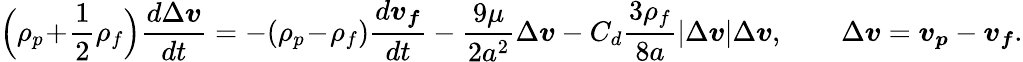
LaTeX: \Bigl(\rho_{p}\! +\! \frac{1}{2}\rho_{f}\Bigr)\frac{d\Delta\boldsymbol{v}}{dt}=-(\rho_{p}\! -\! \rho_{f})\frac{d\boldsymbol{v_{f}}}{dt}-\frac{9\mu}{2a^{2}}\Delta\boldsymbol{v}-C_{d}\frac{3\rho_{f}}{8a}|\Delta\boldsymbol{v}|\Delta\boldsymbol{v},\qquad\Delta\boldsymbol{v}=\boldsymbol{v_{p}}-\boldsymbol{v_{f}}.